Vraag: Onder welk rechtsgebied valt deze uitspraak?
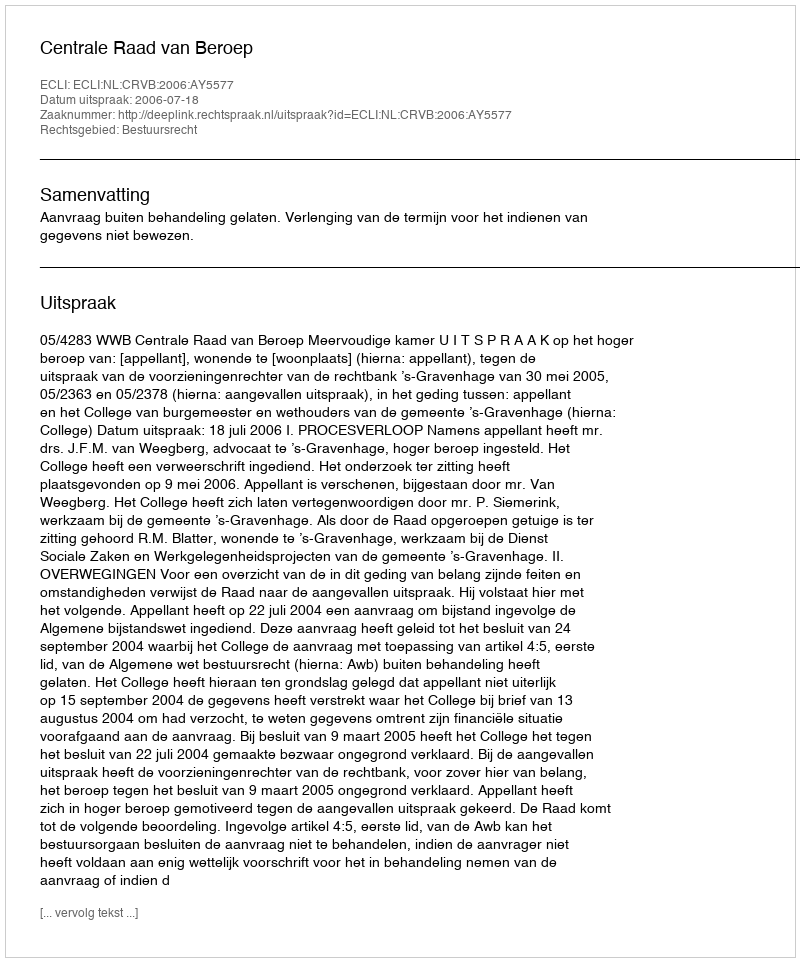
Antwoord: Bestuursrecht